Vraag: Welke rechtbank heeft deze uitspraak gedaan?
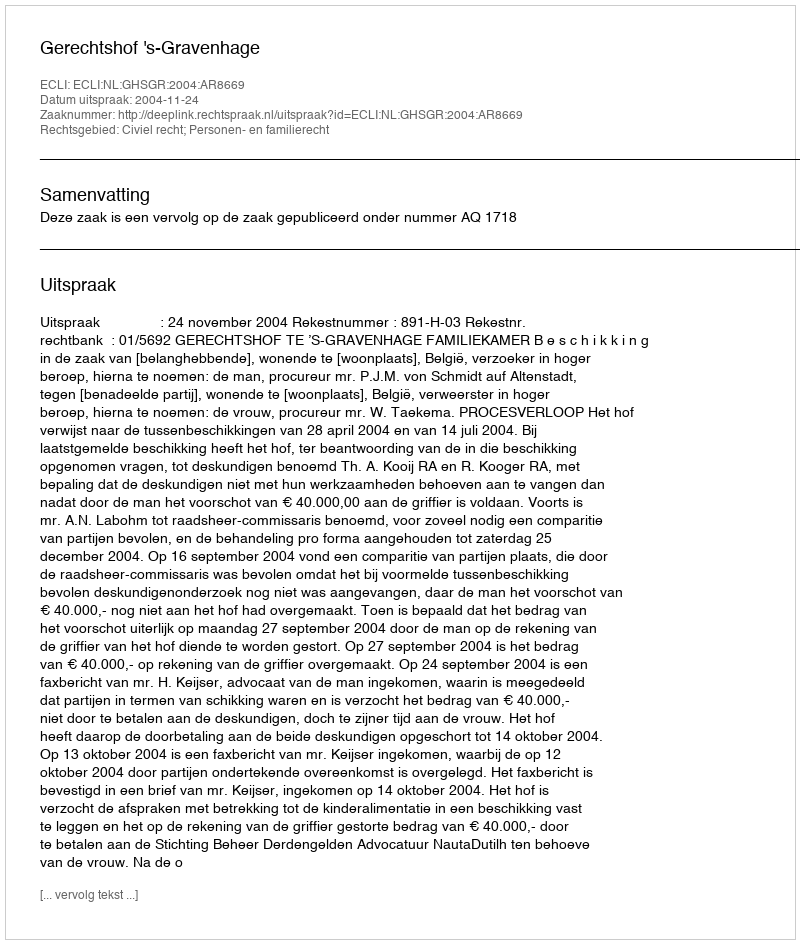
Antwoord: Gerechtshof 's-Gravenhage